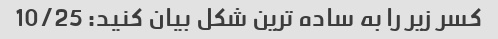
کسر زیر را به ساده ترین شکل بیان کنید: 10/25